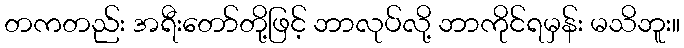
တကတည်း အရီးတော်တို့ဖြင့် ဘာလုပ်လို့ ဘာကိုင်ရမှန်း မသိဘူး။